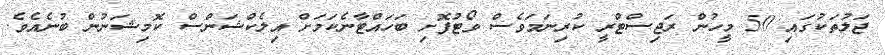
ޖަލުތަކުގައި 50 މީހުން ރަޖިސްޓްރީ ކުރިނަމަވެސް ވޯޓުފޮށި ބަހައްޓާނެކަމަށް އިލެކްޝަންސް ކޮމިޝަނުން ބުނެއެވެ.